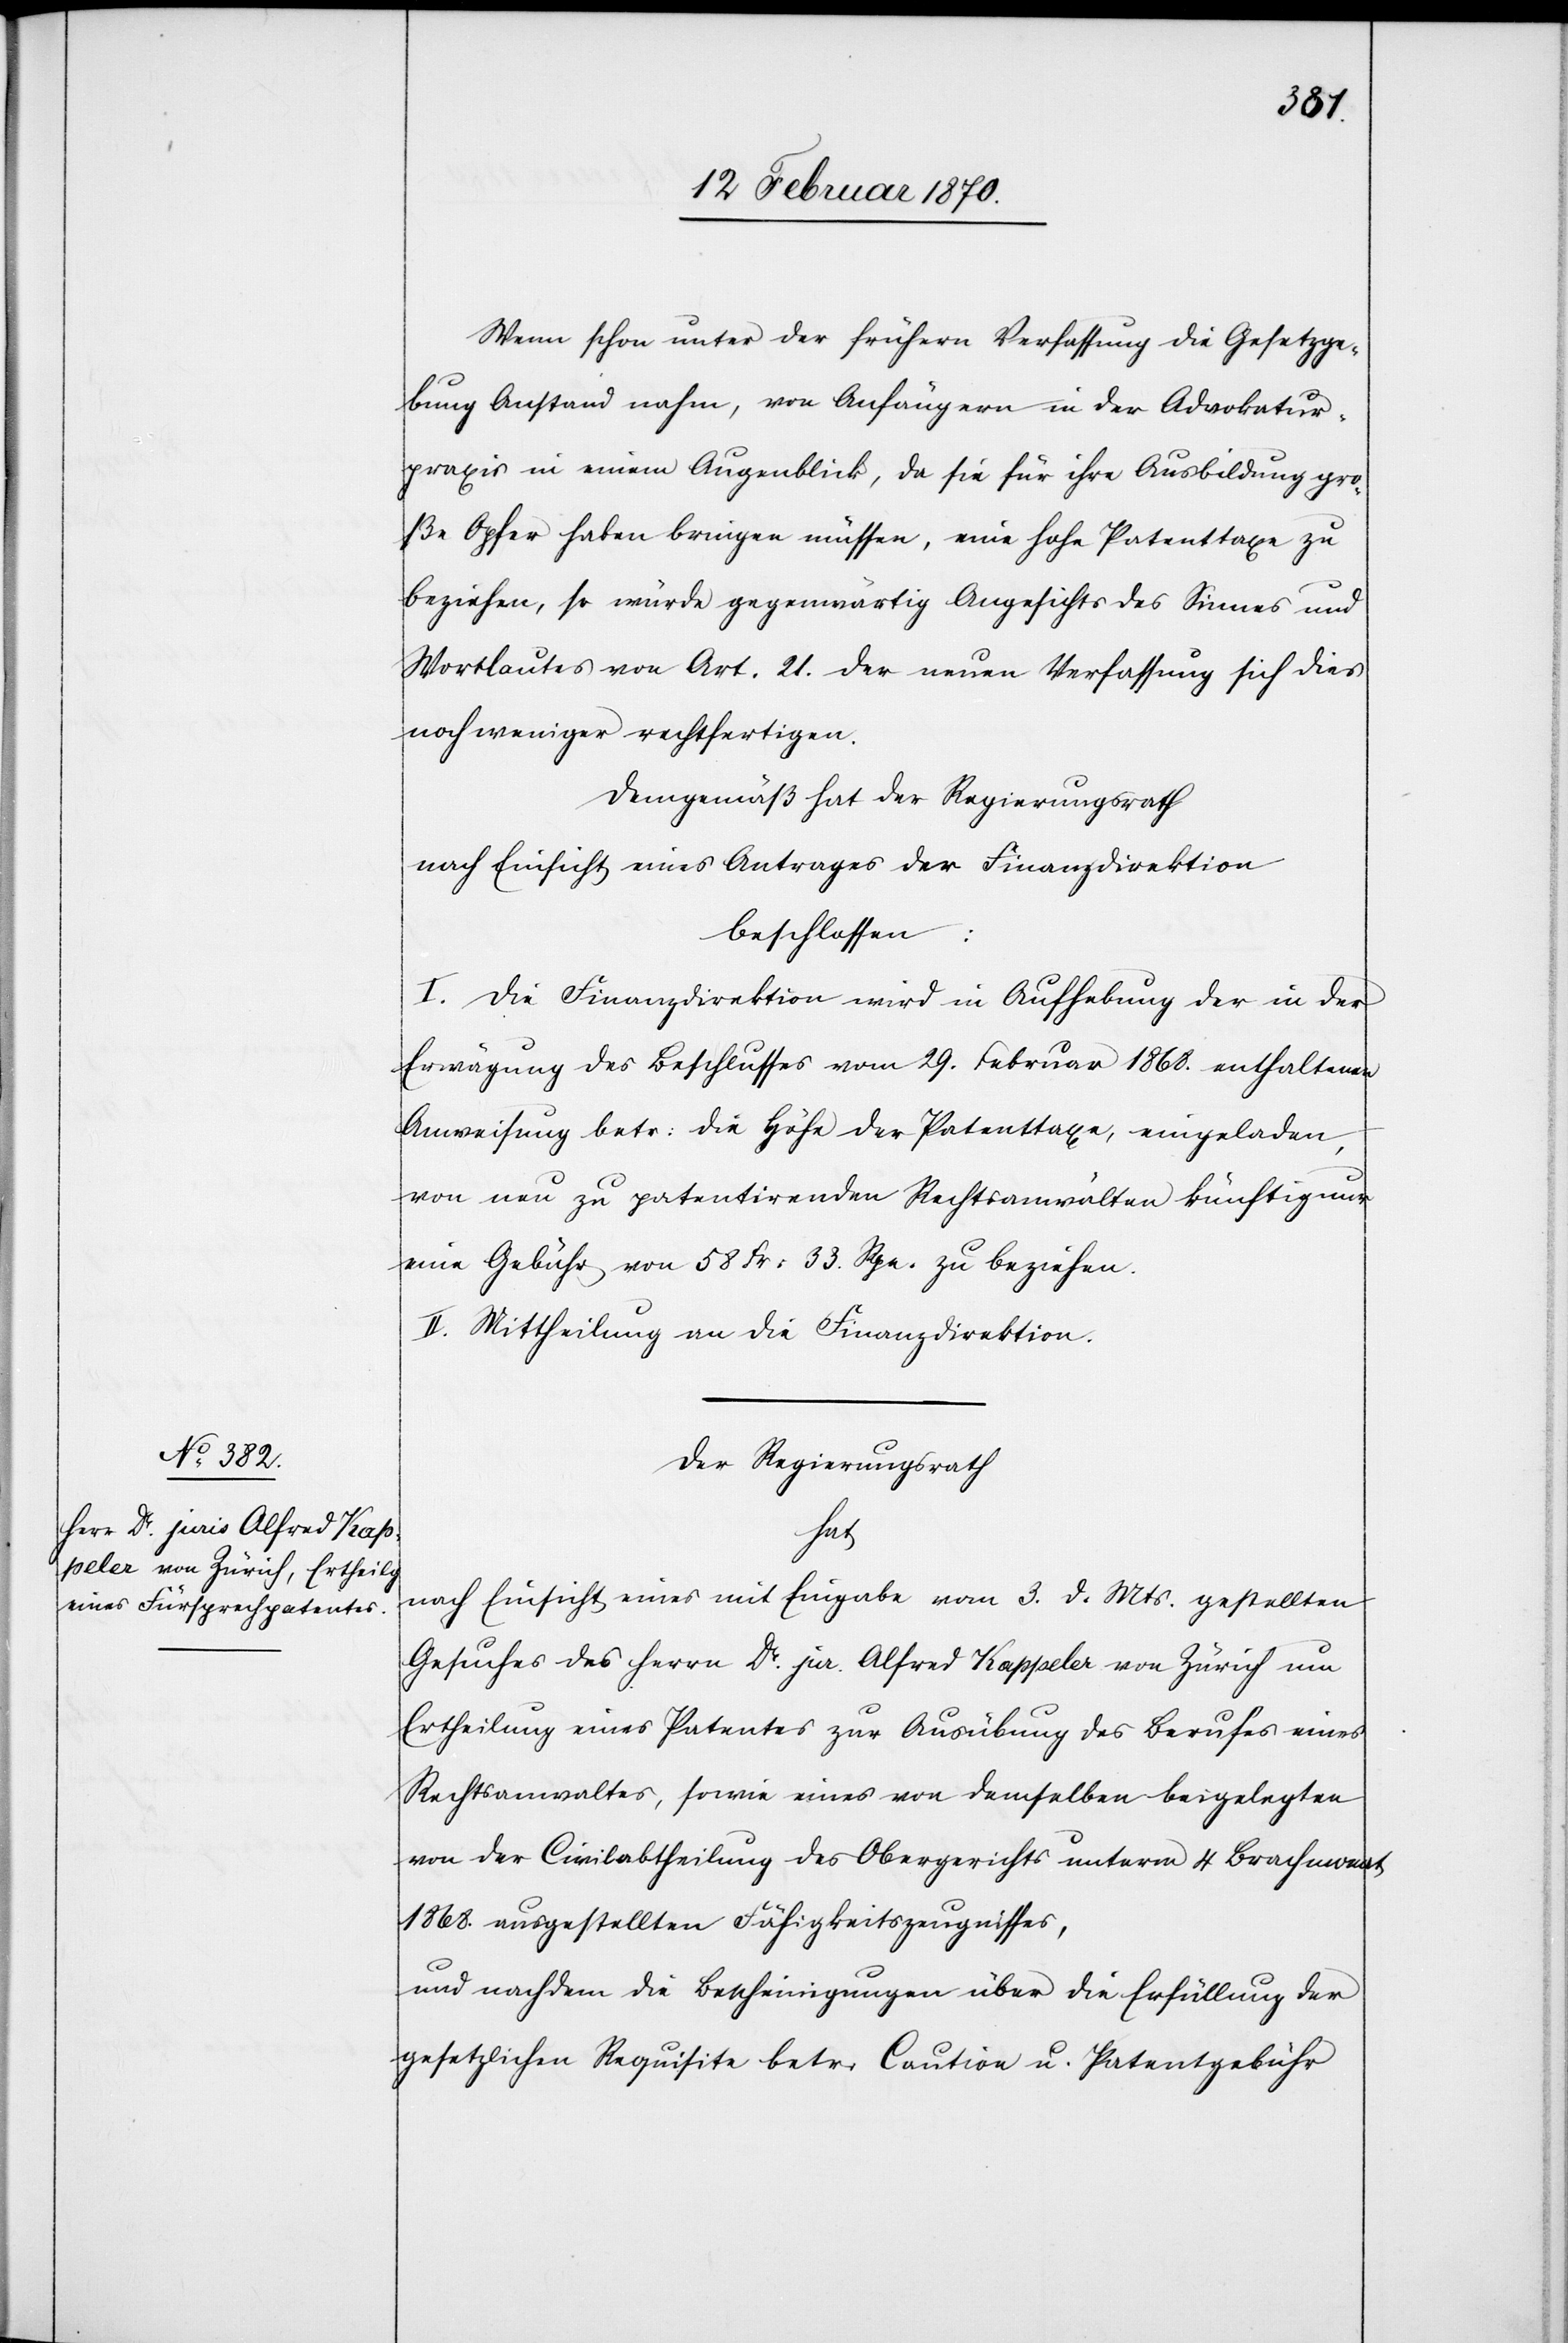
Wenn schon unter der frühern Verfassung die Gesetzge¬
bung Anstand nahm, von Anfängern in der Advokatur¬
praxis in einem Augenblick, da sie für ihre Ausbildung gro¬
ße Opfer haben bringen müssen, eine hohe Patenttaxe zu
beziehen, so würde gegenwärtig Angesichts des Sinnes und
Wortlautes von Art. 21. der neuen Verfassung sich dies
nochweniger rechtfertigen.
Demgemäß hat der Regierungsrath
nach Einsicht eines Antrages der Finanzdirektion
beschlossen:
I. Die Finanzdirektion wird in Aufhebung der in der
Erwägung des Beschlusses vom 29. Februar 1868. enthaltenen
Anweisung betr: die Höhe der Patenttaxe, eingeladen,
von neu zu patentirenden Rechtsanwälten künftig nur
eine Gebühr von 58 Fr: 33. Rpn. zu beziehen.
II. Mittheilung an die Finanzdirektion.
Der Regierungsrath,
hat
nach Einsicht eines mit Eingabe vom 3. d. Mts. gestellten
Gesuches des Herrn Dr. jur. Alfred Kappeler von Zürich um
Ertheilung eines Patentes zur Ausübung des Berufes eines
Rechtsanwaltes, sowie eines von demselben beigelegten
von der Civilabtheilung des Obergerichts unterm 4 Brachmonat
1868. ausgestellten Fähigkeitszeugnisses,
und nachdem die Bescheinigungen über die Erfüllung der
gesetzlichen Requisite betr: Caution u. Patentgebühr